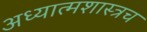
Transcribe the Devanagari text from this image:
अध्यात्मशास्त्रच